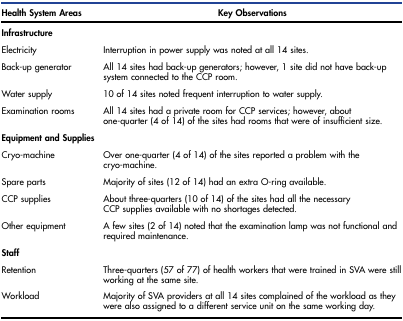
| Health System Areas | Key Observations |
 | --- | --- |
 | Infrastructure |  |
 | Electricity | Interruption in power supply was noted at all 14 sites. |
 | Back-up generator | All 14 sites had back-up generators; however, 1 site did not have back-up system connected to the CCP room. |
 | Water supply | 10 of 14 sites noted frequent interruption to water supply. |
 | Examination rooms | All 14 sites had a private room for CCP services; however, about one-quarter (4 of 14) of the sites had rooms that were of insufficient size. |
 | Equipment and Supplies |  |
 | Cryo-machine | Over one-quarter (4 of 14) of the sites reported a problem with the cryo-machine. |
 | Spare parts | Majority of sites (12 of 14) had an extra O-ring available. |
 | CCP supplies | About three-quarters (10 of 14) of the sites had all the necessary CCP supplies available with no shortages detected. |
 | Other equipment | A few sites (2 of 14) noted that the examination lamp was not functional and required maintenance. |
 | Staff |  |
 | Retention | Three-quarters (57 of 77) of health workers that were trained in SVA were still working at the same site. |
 | Workload | Majority of SVA providers at all 14 sites complained of the workload as they were also assigned to a different service unit on the same working day. |